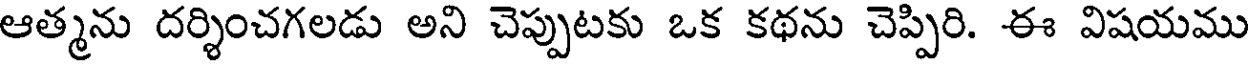
ఆత్మను దర్శించగలడు అని చెప్పుటకు ఒక కథను చెప్పిరి. ఈ విషయము